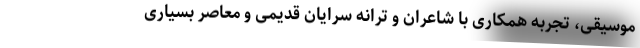
موسیقی، تجربه همکاری با شاعران و ترانه سرایان قدیمی و معاصر بسیاری